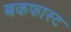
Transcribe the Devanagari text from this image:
बकफास्ट